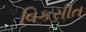
વિકસીત